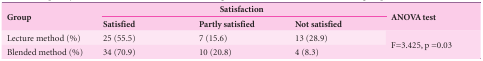
<table><thead><tr><td rowspan="2"><b>Group</b></td><td colspan="3"><b>Satisfaction</b></td><td rowspan="2"><b>ANOVA test</b></td></tr><tr><td><b>Satisfied</b></td><td><b>Partly satisfied</b></td><td><b>Not satisfied</b></td></tr></thead><tbody><tr><td><b>Lecture method (%)</b></td><td> 25 (55.5) </td><td> 7 (15.6) </td><td> 13 (28.9) </td><td rowspan="2"> F=3.425, p=0.03 </td></tr><tr><td><b>Blended method (%)</b></td><td> 34 (70.9) </td><td> 10 (20.8) </td><td> 4 (8.3) </td></tr></tbody></table>